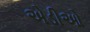
એડીઓ